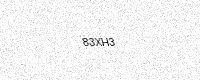
Text: 83XH3